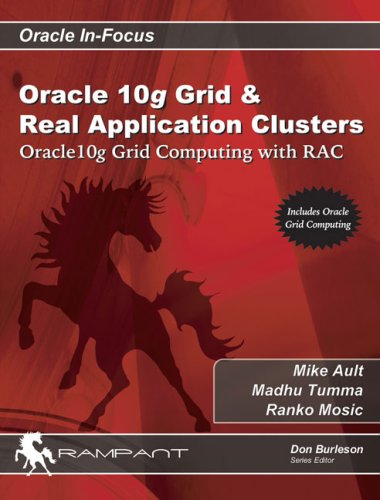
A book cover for Oracle 10g Grid & Real Application Clusters: Oracle 10g Grid Computing with RAC (Oracle In-Focus series); Mike Ault; Computers & Technology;